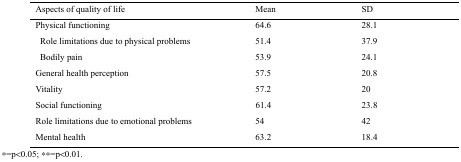
<table><thead><tr><td><b>Aspects of quality of life</b></td><td><b>Mean</b></td><td><b>SD</b></td></tr></thead><tbody><tr><td>Physical functioning</td><td>64.6</td><td>28.1</td></tr><tr><td> Role limitations due to physical problems</td><td>51.4</td><td>37.9</td></tr><tr><td> Bodily pain</td><td>53.9</td><td>24.1</td></tr><tr><td>General health perception</td><td>57.5</td><td>20.8</td></tr><tr><td>Vitality</td><td>57.2</td><td>20</td></tr><tr><td>Social functioning</td><td>61.4</td><td>23.8</td></tr><tr><td>Role limitations due to emotional problems</td><td>54</td><td>42</td></tr><tr><td>Mental health</td><td>63.2</td><td>18.4</td></tr></tbody></table>